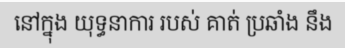
នៅក្នុង យុទ្ធនាការ របស់ គាត់ ប្រឆាំង នឹង